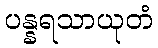
ပန္နရသာယုတံ